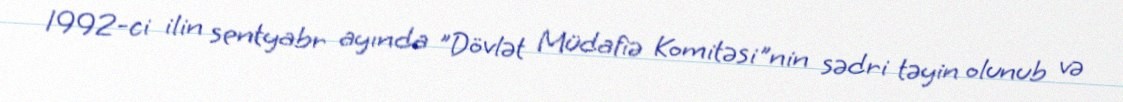
1992-ci ilin sentyabr ayında "Dövlət Müdafiə Komitəsi"nin sədri təyin olunub və